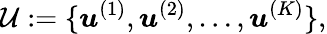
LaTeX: \mathcal{U}:=\{ \boldsymbol{u}^{(1)},\boldsymbol{u}^{(2)},\dots,\boldsymbol{u}^{(K)}\} ,